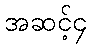
အဆင့်၄